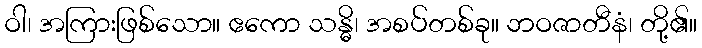
ဝါ၊ အကြားဖြစ်သော။ ဧကော သန္ဓိ၊ အစပ်တစ်ခု။ ဘဝဇာတီနံ၊ တို့၏။